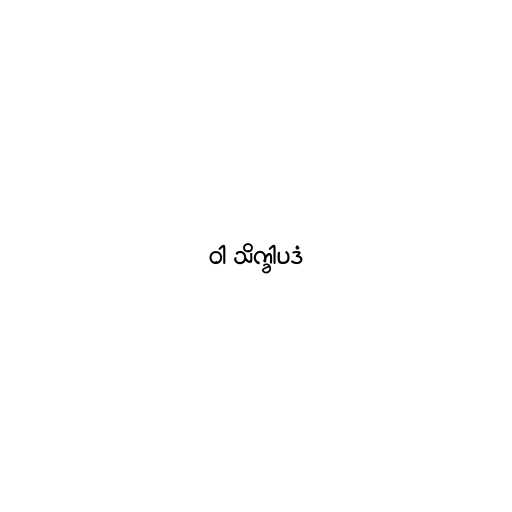
ဝါ သိက္ခါပဒံ